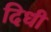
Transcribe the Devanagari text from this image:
दिधी